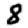
Digit: 8